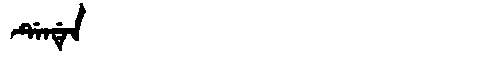
Manchu: ᡩᡝᠨᡩᡝᠨ
Romanization: DENDEN